Vaccination in Burma 1920-1933 - 1920-1933
Year: 1920
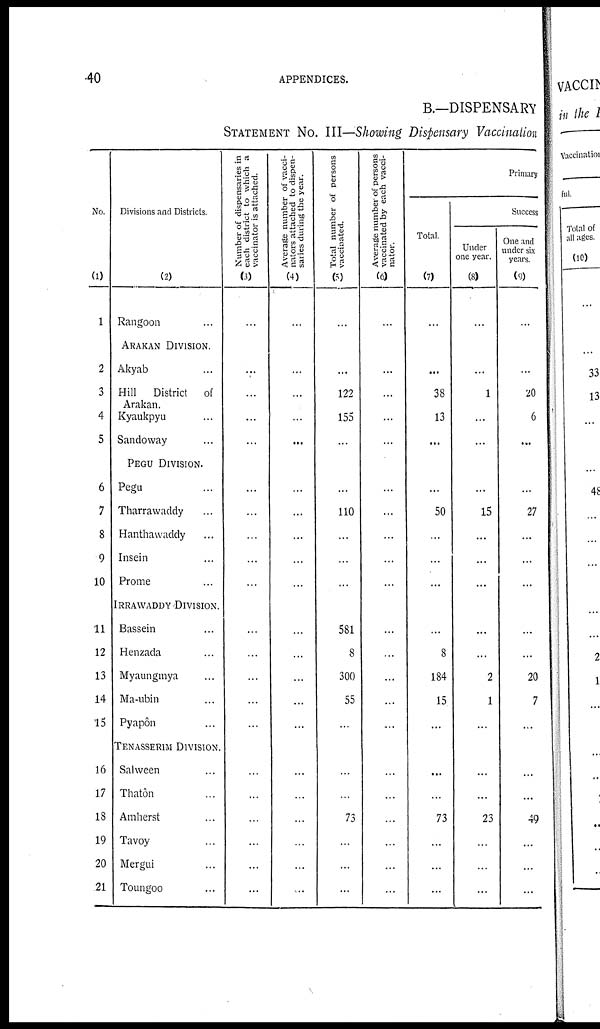
40
APPENDICES.
B.—DISPENSARY
STATEMENT No. III—Showing Dispensary Vaccination
No.
(1)
1
2
3
4
5
6
7
8
9
10
11
12
13
14
15
16
17
18
19
20
21
Divisions and Districts.
(2)
Rangoon...
ARAKAN DIVISION.
Akyab...
Hill District of
Arakan.
Kyaukpyu...
Sandoway...
PEGU DIVISION.
Pegu...
Tharrawaddy...
Hanthawaddy...
Insein...
Prome...
IRRAWADDY DIVISION.
Bassein...
Henzada...
Myaungmya...
Ma-ubin...
Pyapôn...
TENASSERIM DIVISION.
Salween...
Thatôn...
Amherst...
Tavoy...
Mergui...
Toungoo...
Number of dispensaries in
each district to which a
vaccinator is attached.
(3)
...
...
...
...
...
...
...
...
...
...
...
...
...
...
...
...
...
...
...
...
...
Average number of vacci-
nators attached to dispen-
saries during the year.
(4)
...
...
...
...
...
...
...
...
...
...
...
...
...
...
...
...
...
...
...
...
...
Total number of persons
vaccinated.
(5)
...
...
122
155
...
...
110
...
...
...
581
8
300
55
...
...
...
73
...
...
...
Average number of persons
vaccinated by each vacci-
nator.
(6)
...
...
...
...
...
...
...
...
...
...
...
...
...
...
...
...
...
...
...
...
...
Primary
Total.
(7)
...
...
38
13
...
...
50
...
...
...
...
8
184
15
...
...
...
73
...
...
...
Success
Under
one year.
(8)
...
...
1
...
...
...
15
...
...
...
...
...
2
1
...
...
...
23
...
...
...
One and
under six
years.
(9)
...
...
20
6
...
...
27
...
...
...
...
...
20
7
...
...
...
49
...
...
...